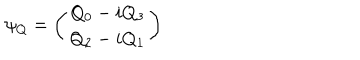
LaTeX: \psi _ { Q } = \left( \begin{array} { c } { { Q _ { 0 } - i Q _ { 3 } } } \\ { { Q _ { 2 } - i Q _ { 1 } } } \\ \end{array} \right)